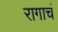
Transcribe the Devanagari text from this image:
रागाचं